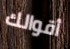
أقوالك